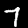
Digit: 7